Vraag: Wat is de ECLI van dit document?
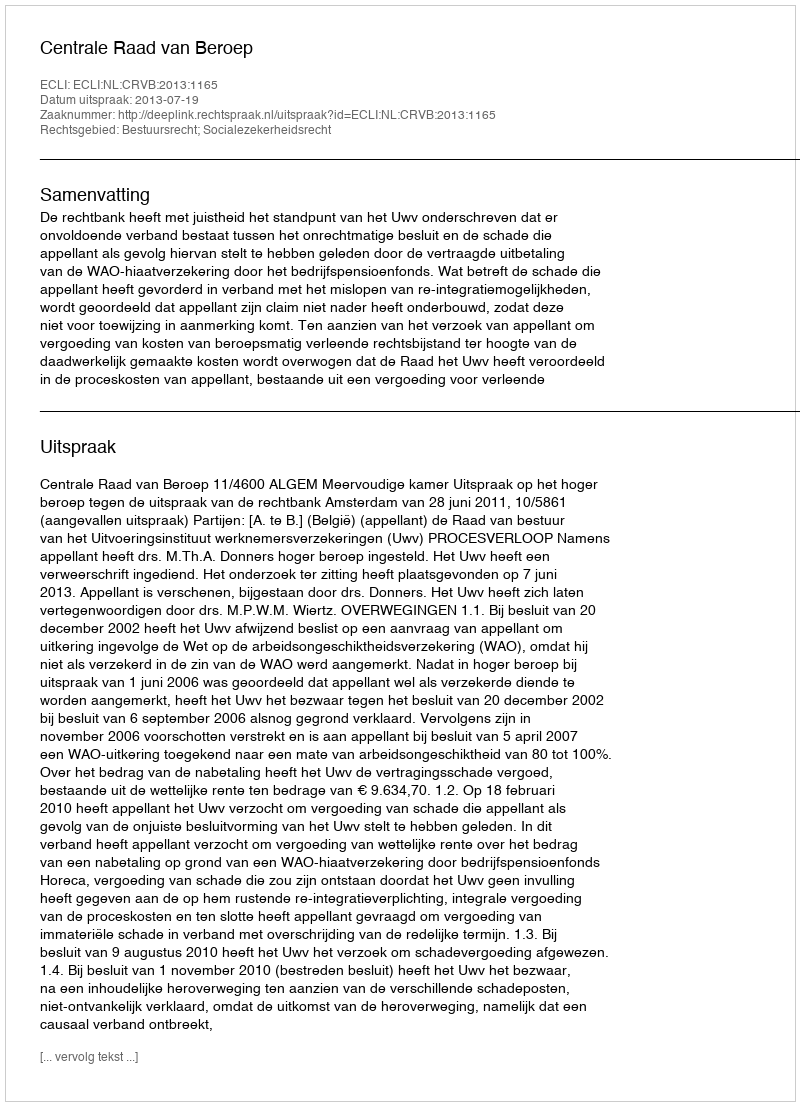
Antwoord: ECLI:NL:CRVB:2013:1165